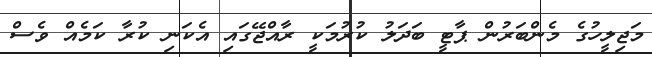
މަޖިލީހުގެ މެންބަރުން ޕާޓީ ބަދަލު ކުރުމަކީ ރާއްޖޭގައި އެކަނި ކުރާ ކަމެއް ވެސް